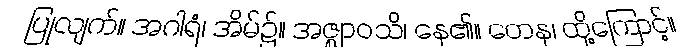
ပြုလျက်။ အဂါရံ၊ အိမ်၌။ အဇ္ဈာဝသိ၊ နေ၏။ တေန၊ ထို့ကြောင့်။